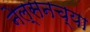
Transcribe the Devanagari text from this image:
नेल्सनच्या